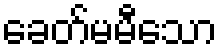
ခေတ်မမီသော